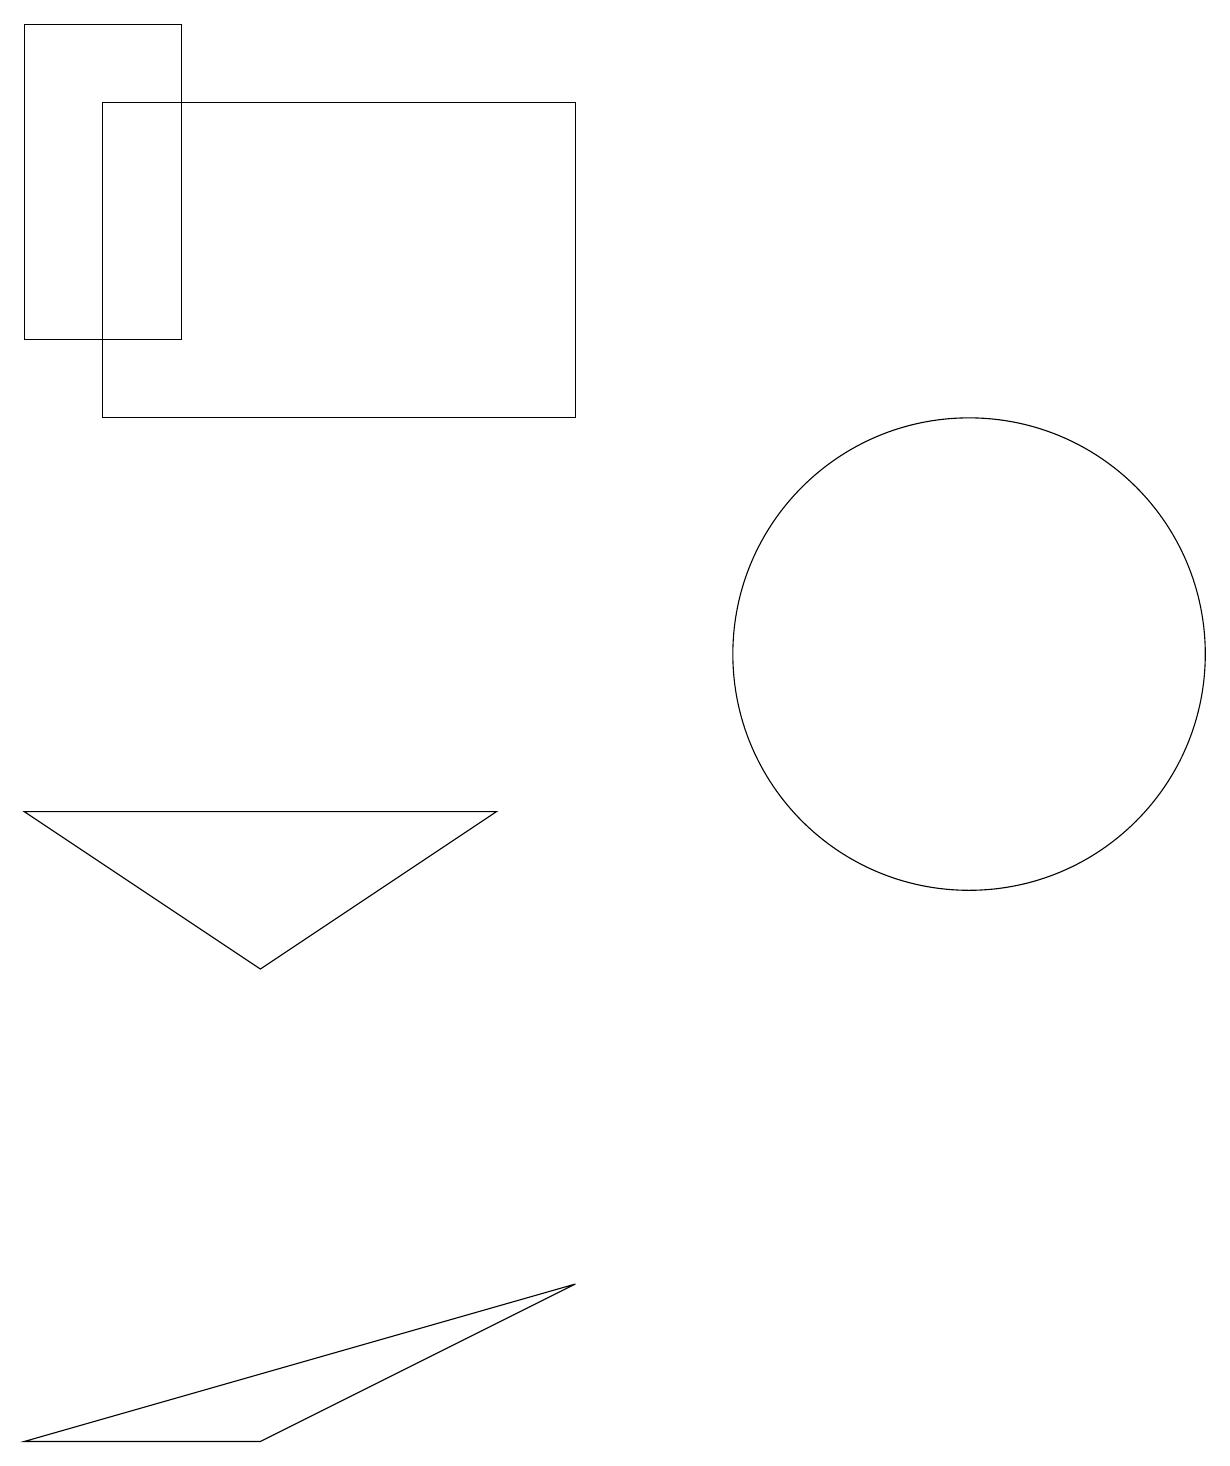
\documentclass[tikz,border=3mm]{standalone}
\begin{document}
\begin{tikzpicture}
\draw (3,0) -- (7,2) -- (0,0) -- cycle;
\draw (12,10) circle (3);
\draw (1,13) rectangle (7,17);
\draw (2,14) rectangle (0,18);
\draw (0,8) -- (3,6) -- (6,8) -- cycle;
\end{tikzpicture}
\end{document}